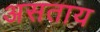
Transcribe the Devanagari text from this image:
असताय